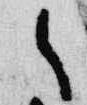
郎